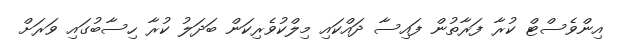
އިންވެސްޓް ކުރާ ފަރާތުން ފައިސާ ދައްކައި މިލްކުވެރިކަން ބަދަލު ކުރާ ހިސާބުގައި ވަރަށް